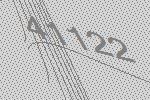
41122